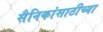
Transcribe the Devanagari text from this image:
सैनिकांसाठीच्या